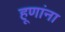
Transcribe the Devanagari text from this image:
हूणांना